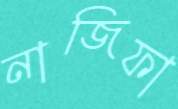
নাজিফা